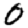
Digit: 0